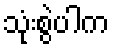
သုံးစွဲပါက